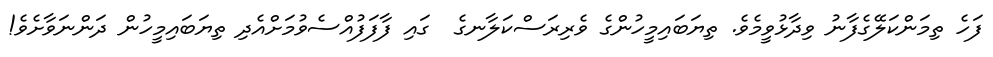
ފަހެ ތިމަންކަލޭގެފާނު ވިދާޅުވީމެވެ. ތިޔަބައިމީހުންގެ ވެރިރަސްކަލާނގެ  ގައި ފާފަފުއްސެވުމަށްއެދި ތިޔަބައިމީހުން ދަންނަވާށެވެ!